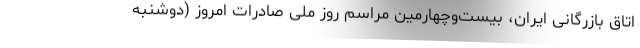
اتاق بازرگانی ایران، بیست‌‌وچهارمین مراسم روز ملی صادرات امروز (دوشنبه